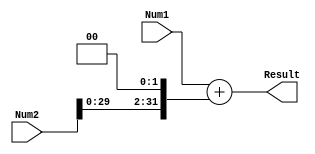
`timescale 1ns / 1ps
//////////////////////////////////////////////////////////////////////////////////
// Company: 
// Engineer: 
// 
// Design Name: 
// Module Name: ADD
// Project Name: 
// Target Devices: 
// Tool Versions: 
// Description: 
// 
// Dependencies: 
// 
// Revision:
// Revision 0.01 - File Created
// Additional Comments:
// 
//////////////////////////////////////////////////////////////////////////////////


module ADD(
    input [31:0] Num1,
    input [31:0] Num2,

    output [31:0] Result
    );

    assign Result=Num1+(Num2<<2);
    
endmodule